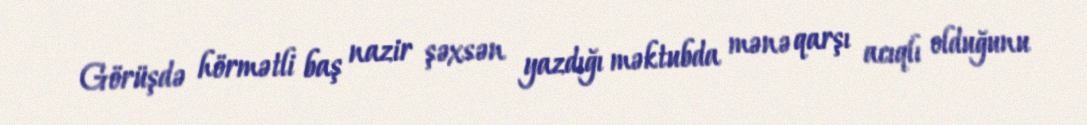
Görüşdə hörmətli baş nazir şəxsən yazdığı məktubda mənə qarşı acıqlı olduğunu